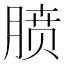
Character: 𪱥